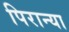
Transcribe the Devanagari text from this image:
पिरान्या